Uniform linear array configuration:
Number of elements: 32
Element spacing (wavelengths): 0.75
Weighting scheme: uniform
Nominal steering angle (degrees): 30
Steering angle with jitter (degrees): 29.553
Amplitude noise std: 0.05
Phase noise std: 0.05

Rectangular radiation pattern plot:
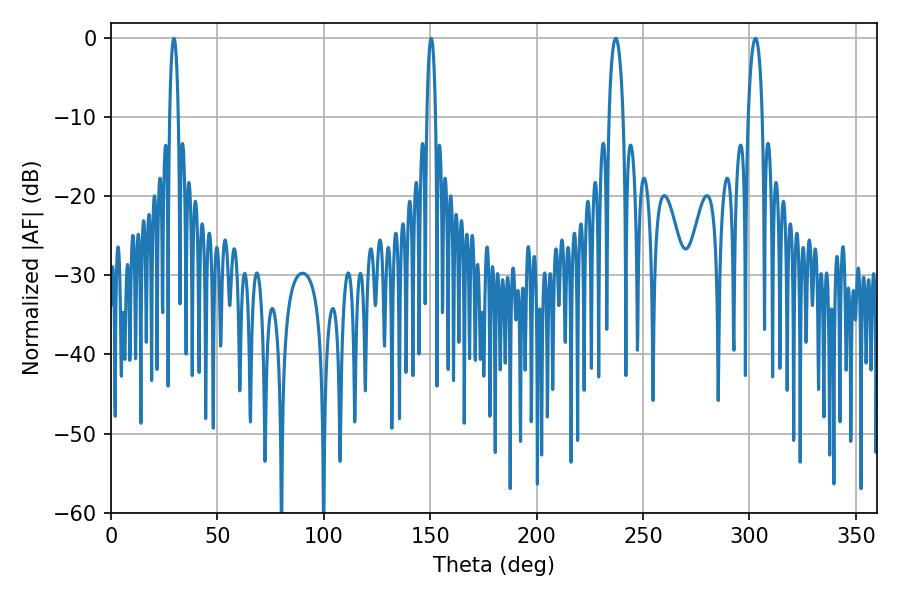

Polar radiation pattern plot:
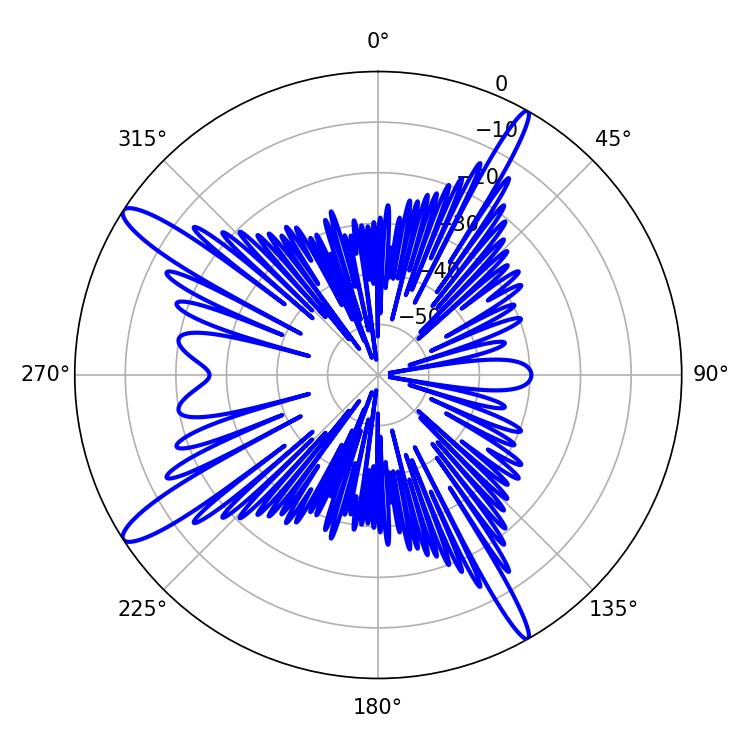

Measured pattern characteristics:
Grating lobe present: TRUE
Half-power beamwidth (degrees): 2.16
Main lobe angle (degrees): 150.48